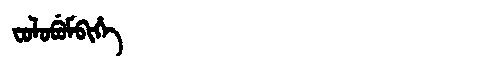
Manchu: ᠸᠣᠯᠣᠪᡠᠮᠪᡳᡥᡝ
Romanization: FOLOBUMBIHE